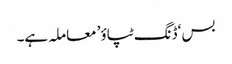
بس ‘ڈنگ ٹپاؤ’ معاملہ ہے۔